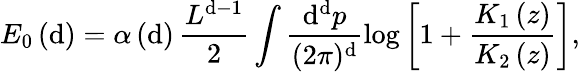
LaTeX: E_{0}\left(\mathrm{d}\right)=\alpha\left(\mathrm{d}\right)\, \frac{{L^{\mathrm{d}-1}}}{{2}}\int\frac{{\mathrm{d}^{\mathrm{d}}p}}{{(2\pi)^{\mathrm{d}}}}\log\left[1+\frac{{K_{1}\left(z\right)}}{{K_{2}\left(z\right)}}\right],